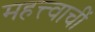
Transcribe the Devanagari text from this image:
महत्त्वाचीं